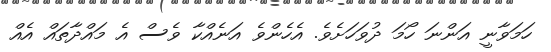
ހަމަވާނީ އަންނަ ހޯމަ ދުވަހަށެވެ. އެެހެންވެ އަނެއްކާ ވެސް އެ މައްދާތައް އެއް